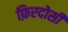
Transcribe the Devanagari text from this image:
फ़िरदोसी